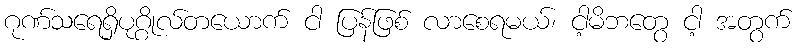
ဂုဏ်သရေရှိပုဂ္ဂိုလ်တယောက် ငါ ပြန်ဖြစ် လာစေရမယ်၊ ငါ့မိဘတွေ ငါ့ အတွက်